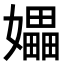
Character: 𪦮